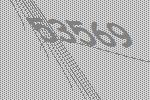
53569